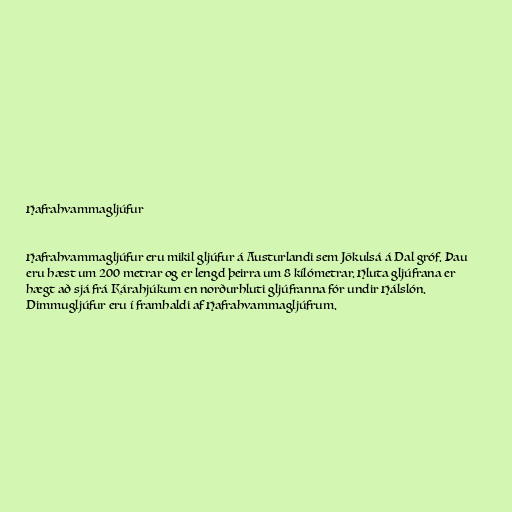
Hafrahvammagljúfur

Hafrahvammagljúfur eru mikil gljúfur á Austurlandi sem Jökulsá á Dal gróf. Þau
eru hæst um 200 metrar og er lengd þeirra um 8 kílómetrar. Hluta gljúfrana er
hægt að sjá frá Kárahjúkum en norðurhluti gljúfranna fór undir Hálslón.
Dimmugljúfur eru í framhaldi af Hafrahvammagljúfrum.